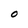
Character: O